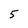
Character: 5